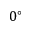
0 ^ { \circ }